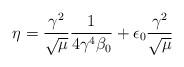
LaTeX: \begin{align*}\eta= \frac{\gamma^2}{\sqrt{\mu}}\frac{1}{4\gamma^4\beta_0} + \epsilon_0 \frac{\gamma^2}{\sqrt{\mu}}\end{align*}